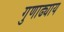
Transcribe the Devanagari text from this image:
गुणाढ्याय